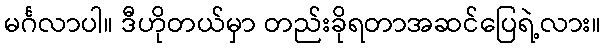
မင်္ဂလာပါ။ ဒီဟိုတယ်မှာ တည်းခိုရတာအဆင်ပြေရဲ့လား။